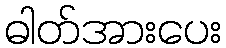
ဓါတ်အားပေး